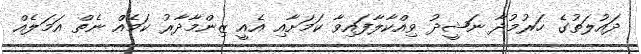
ދައުލަތުގެ ހަރުމުދާ ނަޝީދު ވިއްކާލާފައިވާ ކަމަށާއި އެއީ ޒިންމާދާރު ކަމެއް ނެތް އަމަލެއް